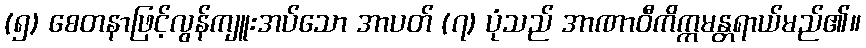
(၅) စေတနာဖြင့်လွန်ကျူးအပ်သော အာပတ် (၇) ပုံသည် အာဏာဝီကိက္ကမန္တရာယ်မည်၏။